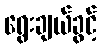
ရွေးချယ်ခွင့်